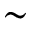
\sim